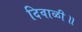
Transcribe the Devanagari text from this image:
दिवाळी॥